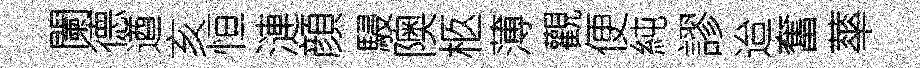
闌德遒亥恒漣顔駸隩柩薄觀便純謬迨奮蕐